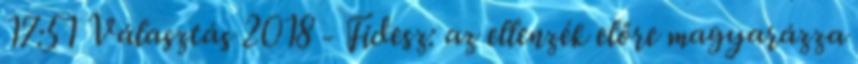
17:51 Választás 2018 - Fidesz: az ellenzék előre magyarázza